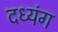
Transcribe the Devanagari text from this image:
दध्यंग